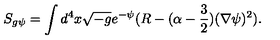
S _ { g \psi } = \int d ^ { 4 } x \sqrt { - g } e ^ { - \psi } ( R - ( \alpha - \frac { 3 } { 2 } ) ( \nabla \psi ) ^ { 2 } ) .